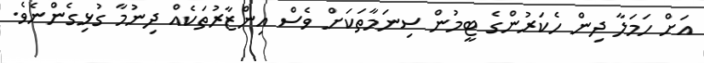
އަށް ހަމަލާ ދިން ހެކަރުންގެ ޓީމުން ސިނަމާތަކަށް ވެސް އިންޒާރުތަކެއް ދިނުމާ ގުޅިގެންނެވެ.